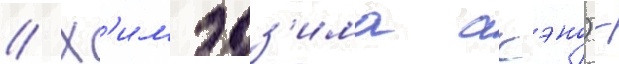
// Х'имэдз'има акэно) -